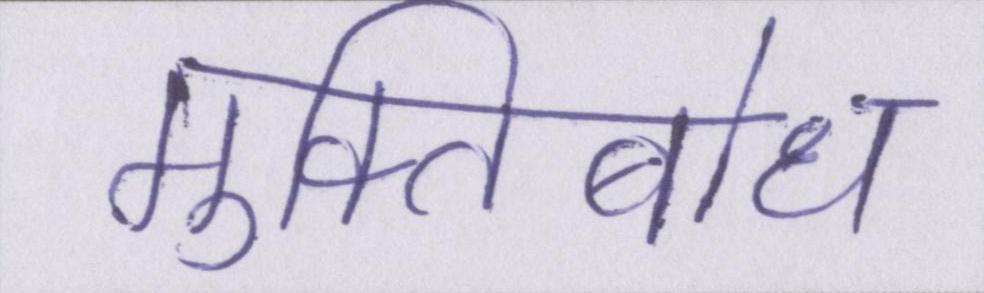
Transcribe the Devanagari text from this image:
मुक्तिबोध